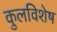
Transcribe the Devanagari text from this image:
कुलविशेष